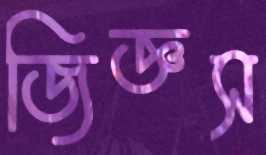
জিজ্ঞস